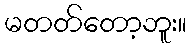
မတတ်တော့ဘူး။